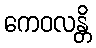
ကေဝလန္တိ